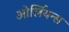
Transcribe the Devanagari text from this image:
ओर्लियन्स